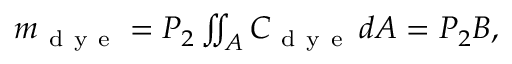
\begin{array} { r } { m _ { \mathrm { ~ d ~ y ~ e ~ } } = P _ { 2 } \iint _ { A } C _ { \mathrm { ~ d ~ y ~ e ~ } } \, d A = P _ { 2 } B , } \end{array}